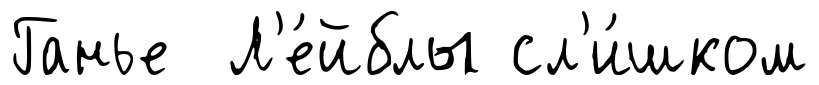
Ганье Л'е́йблы сл'и́шком